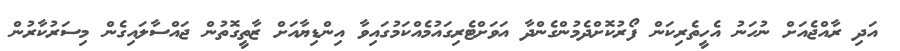
އަދި ރާއްޖެއަށް ނުހަނު އެހީތެރިކަން ފޯރުކޮށްދެމުންގެންދާ އަވަށްޓެރިގައުމެއްކަމުގައިވާ އިންޑިޔާއަށް ޒާތީގޮތުން ޖައްސާލައިގެން މިސަރުކާރުން